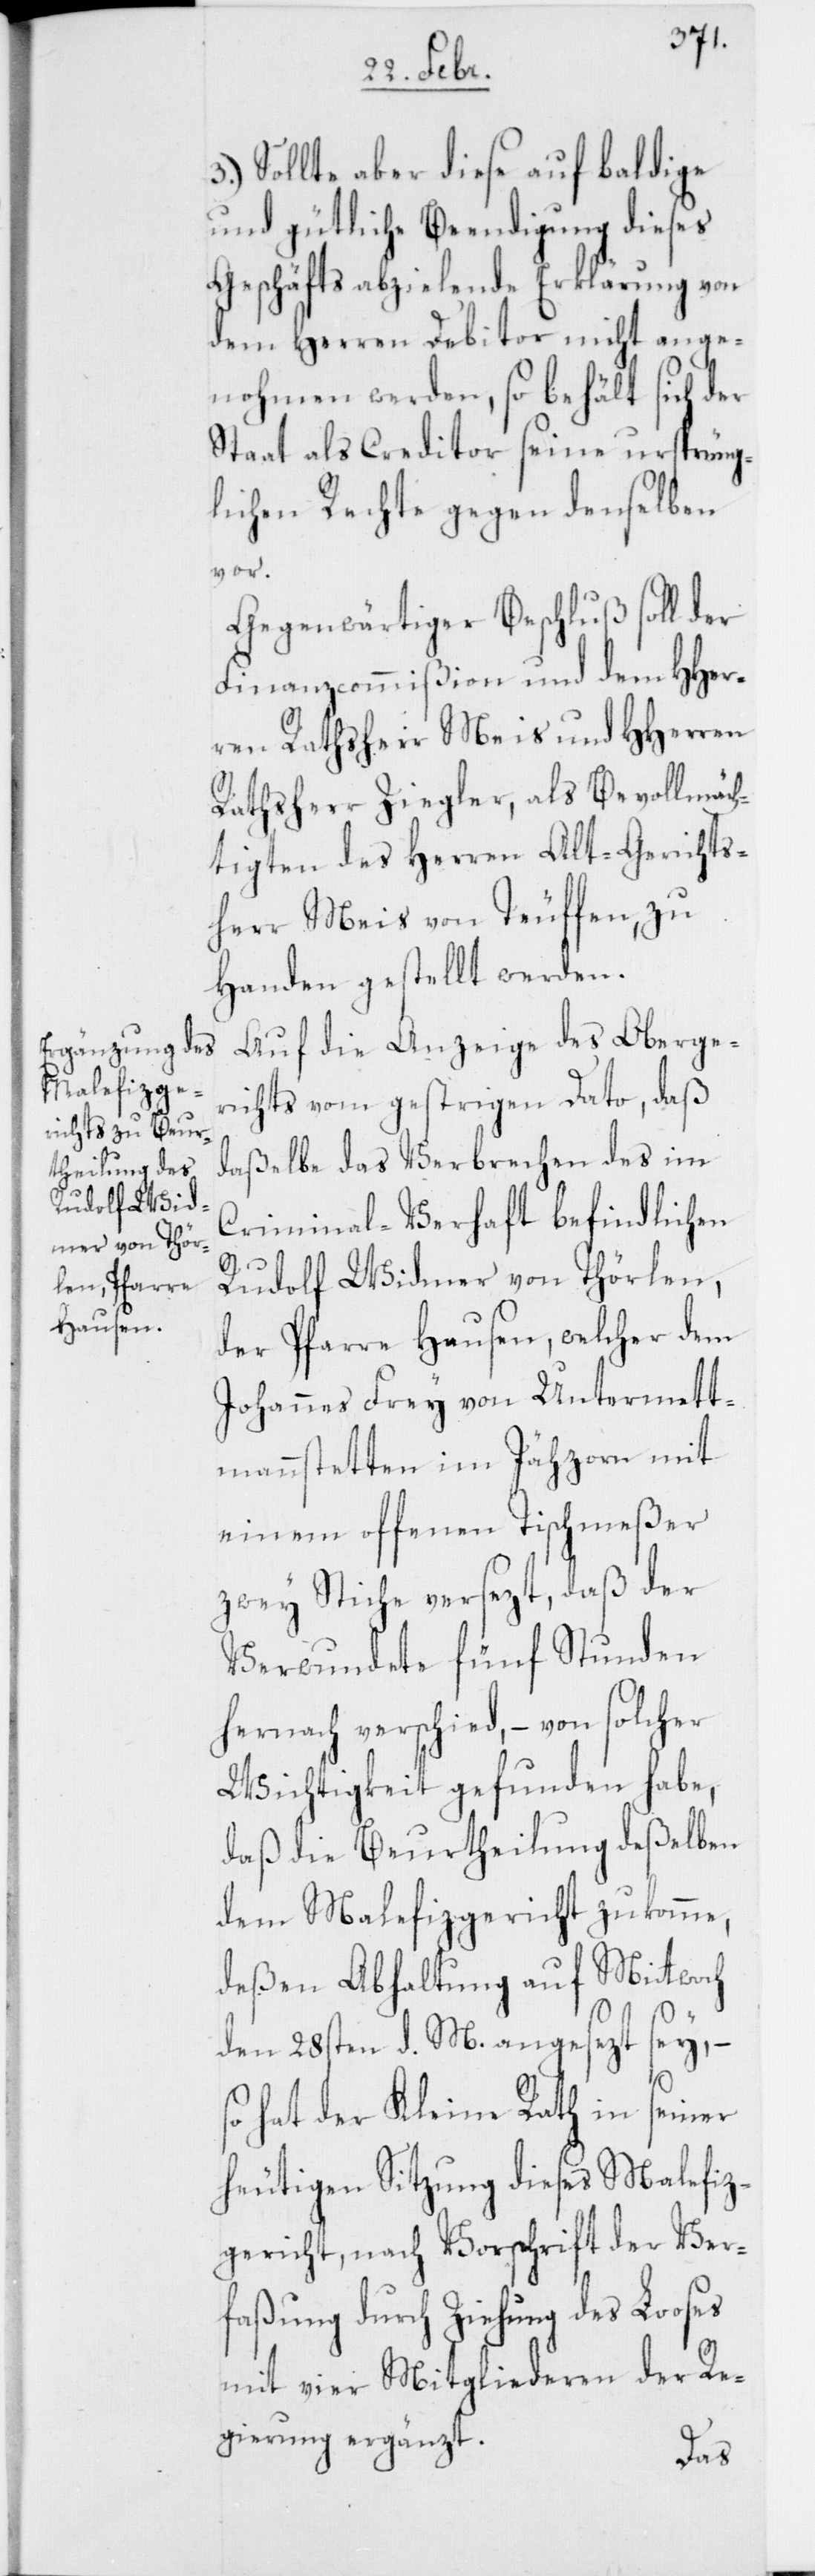
3.) Sollte aber diese auf baldige
und gütliche Beendigung dieses
Geschäfts abzielende Erklärung von
dem Herren Debitor nicht ange¬
nohmen werden, so behält sich der
Staat als Creditor seine ursprüng¬
lichen Rechte gegen denselben
vor.
Gegenwärtiger Beschluß soll der
Finanzcommißion und dem HHer¬
ren Ratsherr Meis und HHerren
Ratsherr Ziegler, als Bevollmäch¬
tigten des Herren Alt-Gerichts¬
herr Meis von Teuffen, zu
Handen gestellt werden.
Auf die Anzeige des Oberge¬
richts vom gestrigen Dato, daß
daßelbe das Verbrechen des im
Criminal-Verhaft befindlichen
Rudolf Widmer von Thörlen,
der Pfarre Hausen, welcher dem
Johannes Frey von Untermett¬
menstetten im Jähzorn mit
einem offenen Tischmeßer
zwey Stiche versezt, daß der
Verwundete fünf Stunden
hernach verschied, – von solcher
Wichtigkeit gefunden habe,
daß die Beurtheilung deßelben
dem Malefizgericht zukomme,
deßen Abhaltung auf Mittwoch
den 28sten d. M. angesezt sey, –
so hat der Kleine Rath in seiner
heutigen Sitzung dieses Malefiz¬
gericht, nach Vorschrift der Ver¬
faßung durch Ziehung des Looses
mit vier Mitgliederen der Re¬
gierung ergänzt.